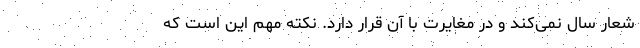
شعار سال نمی‌کند و در مغایرت با آن قرار دارد. نکته مهم این است که